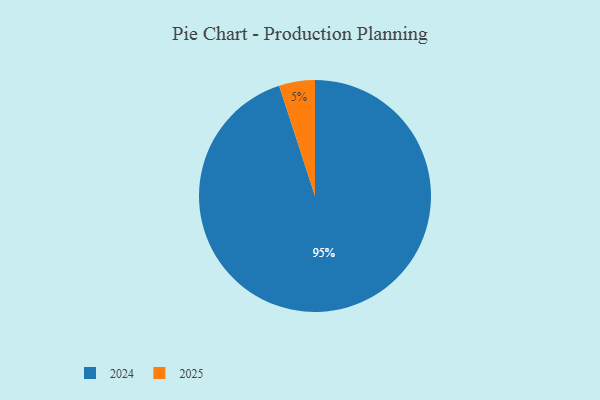
{"axis": {"x": "Category", "y": "Percentage"}, "legend": ["2024", "2025"], "data": [{"x": "2025", "y": 5, "type": "2025"}, {"x": "2024", "y": 95, "type": "2024"}]}